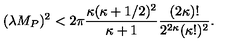
( \lambda M _ { P } ) ^ { 2 } < 2 \pi \frac { \kappa ( \kappa + 1 / 2 ) ^ { 2 } } { \kappa + 1 } \frac { ( 2 \kappa ) ! } { 2 ^ { 2 \kappa } ( \kappa ! ) ^ { 2 } } .